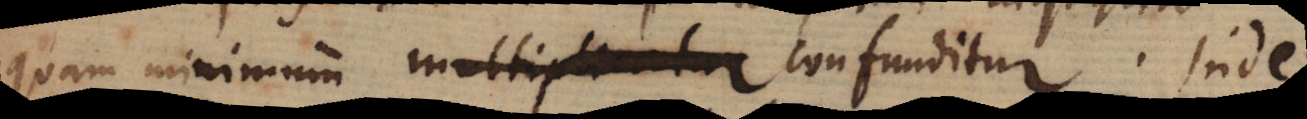
quam minimum multiplicatur confunditur. Inde